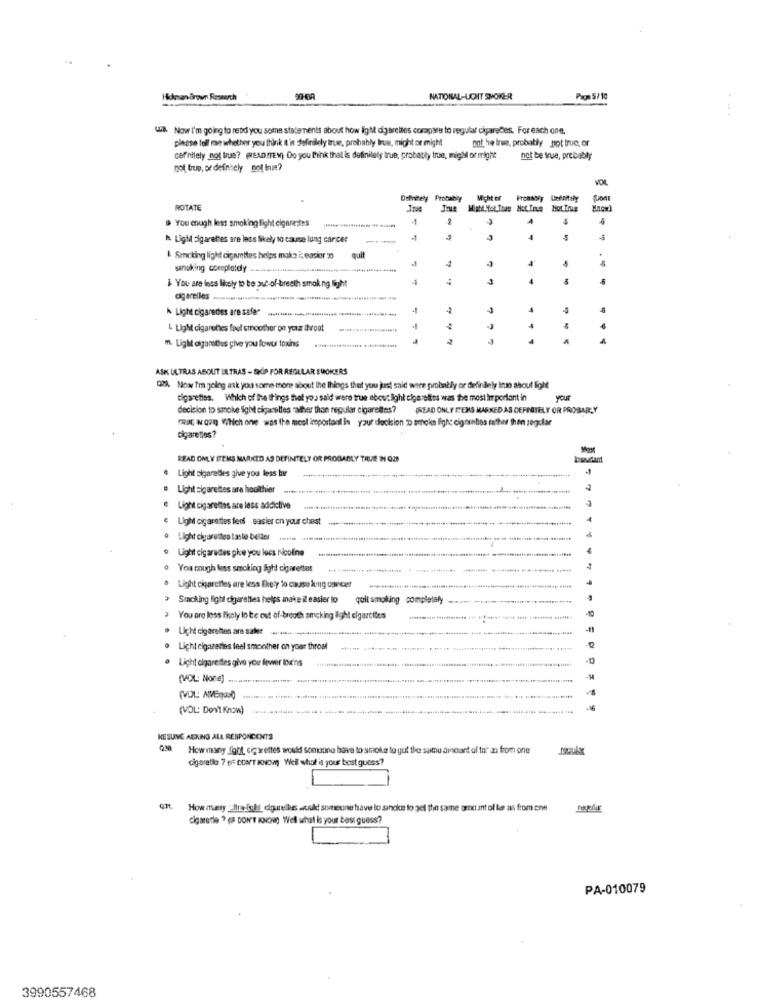
Hickmanaroun Research
NATIONAL-LICHT SMOKER
Page 5/10
Wis. Now I'm going to rebd you some statements about how igM digarettes compares to regular ciparedes. For each one,
please tell me whether you think t'is Jafinilely true, probably true, might or might
mot he true, probably not true, or
definitely not true? (READITEM) Do you think that is definitely true, probably true, migM or might
not be true, probably
not true, or definitely Bol te?
Probably
Michtet
ROTATE
D You cough less smoking flight cigaretes
+1
4
$
* Light sigaret"es are less Skaly to cause lung cancer
-1
& Smoking light cigarettes helps make it easier
quit
4
sanuking coreplotdy ..
You are less likely to be out-of-breeth smoking light
agerelles
Light cigaredes are safer
-
4
4
4
L Ugh cigarettes fool smoother on your throat
m. UgMit cigarettes give you fower toxins
ASK ULTRAS ABOUT ULTRAS - SHP FOR REGULAR SMOKERS
Q29. Nowv Tm goleg ask you some more about the things that you just said wire probably or derininly lu about fight
cigarettes. Which of the things that you said were true abow: light cigarettes was the most important in
your
decision to smoke Sight cigarettes rather than regular cigarettes?
READ ONLY HEMS MARKED AS DEFINATELY OR PROBAR,Y
FRat Noon Which one was the most important in your decision D arnoim Fighe eignenlios rather then regular
cigaretlos?
READ ONLY ITEMS MARKED AS DEFINITELY OR PROBABLY TRUE N OZ
. Light sigaretles give you less tar
Light cigarettes are healthier
Light cigarettes are less addictive
€ Light cigarettes fed easier on your chest
Light cigarettes taste beller
Light cigarettes give you lecs nicoline
0 You ough less smoking light cigarettes
Light cigarettes are less they to cause lung cancer
> Smoking light cigarettes helps make iteasier to
quit smoking completely ...... .............................******
You are less Ihely lo be out of-breath smoking ilght cigarettes
· Licht cigarettes are saber
. Lichtelgazettes feel smoother on your throat
Licht cigarettes give you fewer tout'ns
(VOL: Nore) ....
(VOL: MMEgas))
(VOL: Don't Know)
26
KESUNE ASKING ALL RESPONCENTS
Q30 Howmany fghit, cigarettes would somusone have to smoke to gut the same amount of ta' an from one
cigaretlo 7 (= COMT KNOW) Well what is your best guess?
How mary _lirefull_dquelle would someune have to smoke to get the same ornent of le as from one
cigarette ? ( DON'T KNOW) Well what is your best guess?
PA-010079
3990557468